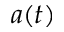
a ( t )